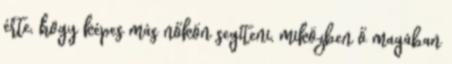
érte, hogy képes más nőkön segíteni, miközben ő magában